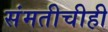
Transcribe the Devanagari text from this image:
संमतीचीही